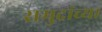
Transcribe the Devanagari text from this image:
समुद्रांच्या